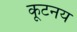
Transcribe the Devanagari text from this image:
कूटनय